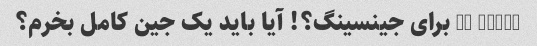
30000 nt برای جینسینگ؟! آیا باید یک جین کامل بخرم؟